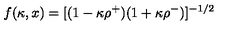
f ( \kappa , x ) = [ ( 1 - \kappa \rho ^ { + } ) ( 1 + \kappa \rho ^ { - } ) ] ^ { - 1 / 2 }